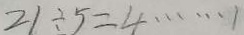
2 1 \div 5 = 4 \cdots 1